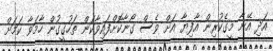
އަދި އޭނާ މީގެކުރިން އާފިޔާ އަށް ވެސް ގޯނާކޮށްފައިވާކަން ތަހުގީގުން ހާމަވާ ކަމަށް